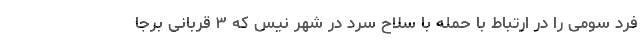
فرد سومی را در ارتباط با حمله با سلاح سرد در شهر نیس که ۳ قربانی برجا